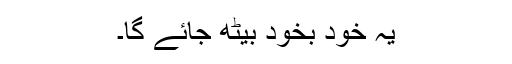
یہ خود بخود بیٹھ جائے گا۔